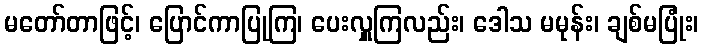
မတော်တာဖြင့်၊ ပြောင်ကာပြုကြ၊ ပေးလှူကြလည်း၊ ဒေါသ မမုန်း၊ ချစ်မပြုံး၊